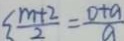
\frac { m + 2 } { 2 } = \frac { 0 + a } { a }